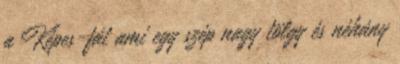
a Képes-fát ami egy szép nagy tölgy és néhány